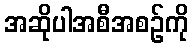
အဆိုပါအစီအစဉ်ကို